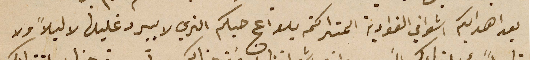
بعد اهدايكم اشواقي الفوادية المتراكمة بلواعج حبكم الذي لا يبرد غليلها لا ليلاً ولا